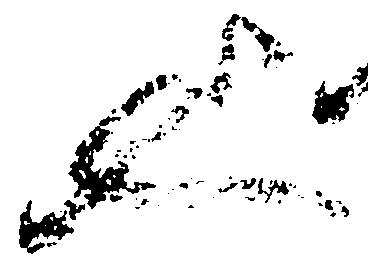
也